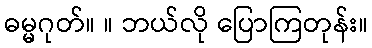
ဓမ္မဂုတ်။ ။ ဘယ်လို ပြောကြတုန်း။